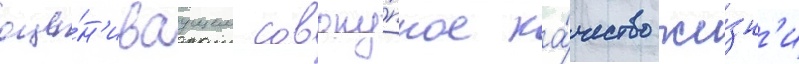
оце́н'иваущем совоку́пное ка́чество жи́зн'и